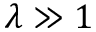
\lambda \gg 1